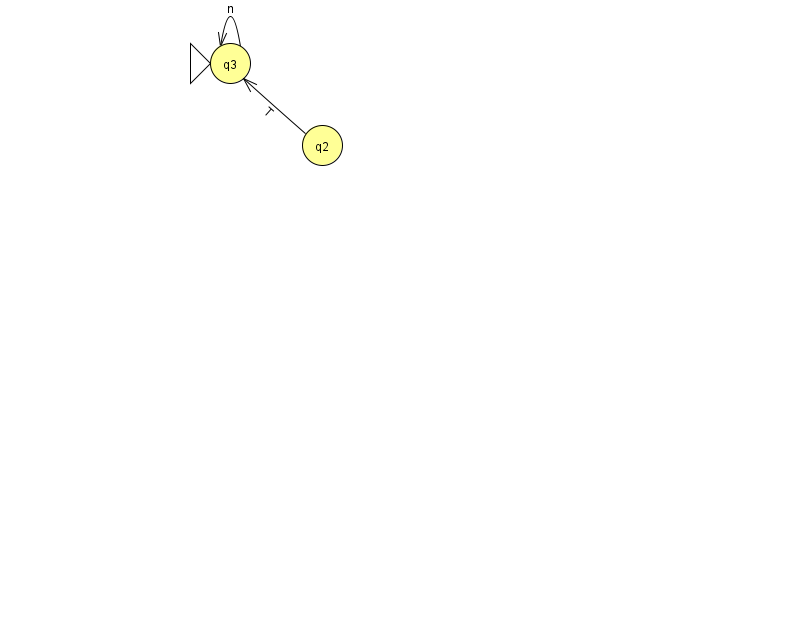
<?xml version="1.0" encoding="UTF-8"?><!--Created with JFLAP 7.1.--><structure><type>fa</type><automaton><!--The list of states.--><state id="2" name="q2"><x>322.0</x><y>132.0</y></state><state id="3" name="q3"><x>230.0</x><y>50.0</y><initial/></state><!--The list of transitions.--><transition><from>2</from><to>3</to><read>T</read></transition><transition><from>3</from><to>3</to><read>n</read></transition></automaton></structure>